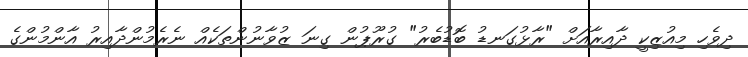
ދިވެހި މިއުޒިކީ ދާއިރާއަށް "ރާޅުގަނޑު ބޮޑުބެރު" ގުރޫޕުން ގިނަ ޒުވާނުންތަކެއް ނެރެމުންދާއިރު އާންމުންގެ